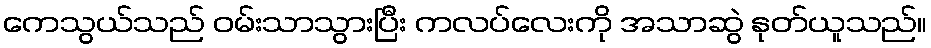
ကေသွယ်သည် ဝမ်းသာသွားပြီး ကလပ်လေးကို အသာဆွဲ နုတ်ယူသည်။